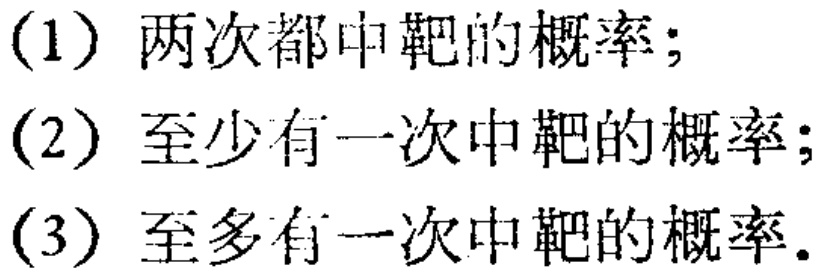
(1) 两次都中靶的概率；
(2) 至少有一次中靶的概率；
(3) 至多有一次中靶的概率.